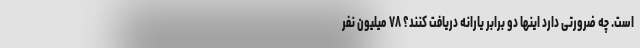
است. چه ضرورتی دارد اینها دو برابر یارانه دریافت کنند؟ ۷۸ میلیون نفر